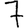
Digit: 7